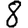
Digit: 8